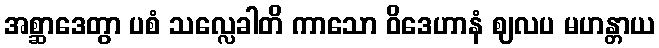
အစ္ဆာဒေတွာ ပစံ သလ္လေခါတိ ကာသော ဝိဒေဟာနံ ဈလပ မဟန္တာယ